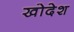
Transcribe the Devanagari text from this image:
खोदेश